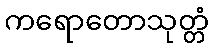
ကရောတောသုတ္တံ